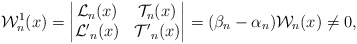
\begin{align*}\mathcal{W}^1_n(x)=\begin{vmatrix}\mathcal{L}_n(x) & \mathcal{T}_{n}(x)\\\mathcal{L'}_n(x) & \mathcal{T'}_{n}(x)\end{vmatrix}=(\beta_n-\alpha_{n})\mathcal{W}_n(x) \neq 0,\end{align*}